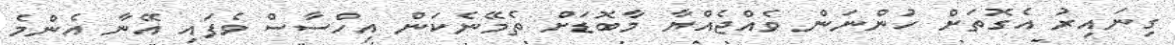
ގިނައިރު އެގޮތަށް ހުންނަން ވެއްޖެއްޔާ މާބޮޑަށް ތެމޭނެކަން އިހްސާސް ވެފައި އޭނާ އެންމެ